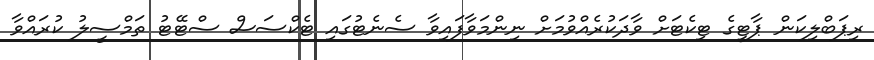
ރިޕަބްލިކަން ޕާޓީގެ ޓިކެޓަށް ވާދަކުރެއްވުމަށް ނިންމަވާފައިވާ ސެނެޓުގައި ޓެކްސަސް ސްޓޭޓު ތަމްސީލު ކުރައްވާ